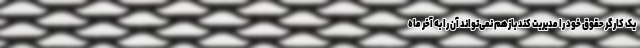
یک کارگر حقوق خود را مدیریت کند بازهم نمی‌تواند آن را به آخر ماه